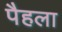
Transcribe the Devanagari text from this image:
पैहला